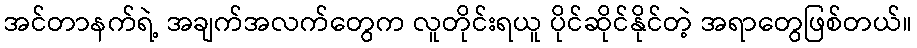
အင်တာနက်ရဲ့ အချက်အလက်တွေက လူတိုင်းရယူ ပိုင်ဆိုင်နိုင်တဲ့ အရာတွေဖြစ်တယ်။